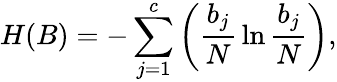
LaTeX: H(B)=-\sum_{j=1}^{c}\left(\frac{b_{j}}{N}\, \ln\frac{b_{j}}{N}\right),